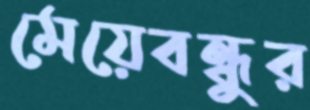
মেয়েবন্ধুর